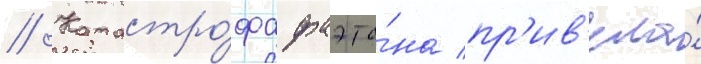
// Катастро́фа фаэто́на пр'ив'ела́